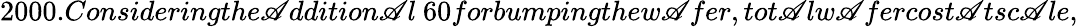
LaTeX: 2000.Consideringthe\mathscr{A}ddition\mathscr{A}l\ 60forbumpingthew\mathscr{A}fer,tot\mathscr{A}lw\mathscr{A}fercost\mathscr{A}tsc\mathscr{A}le,